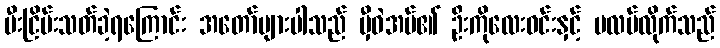
မီးငြိမ်းသတ်ခဲ့ရကြောင်း အတော်များပါသည် မှီဝဲအပ်၏ ဦးကိုလေးဝင်းနှင့် ပလပ်လိုက်သည်